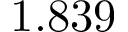
1 . 8 3 9